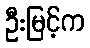
ဦးမြင့်က